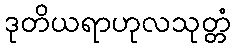
ဒုတိယရာဟုလသုတ္တံ